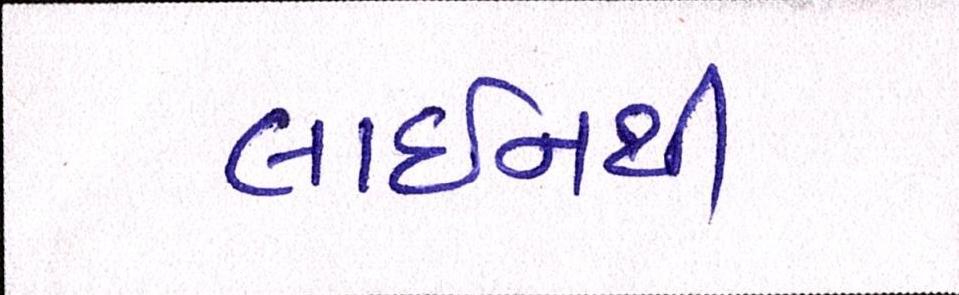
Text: લાઈનથી